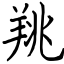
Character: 䍮